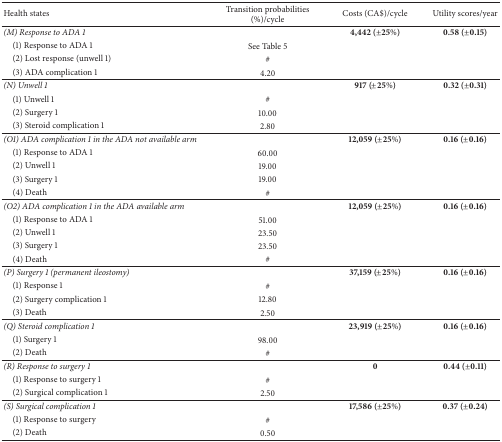
<table><thead><tr><td><b>Health states</b></td><td><b>Transition probabilities (%)/cycle</b></td><td><b>Costs (CA$)/cycle</b></td><td><b>Utility scores/year</b></td></tr></thead><tbody><tr><td><i>(M) Response to ADA 1</i></td><td> </td><td><b>4,442 (±25%)</b></td><td><b>0.58 (±0.15)</b></td></tr><tr><td> (1) Response to ADA 1</td><td>See Table 5</td><td> </td><td> </td></tr><tr><td> (2) Lost response (unwell 1)</td><td>#</td><td> </td><td> </td></tr><tr><td> (3) ADA complication 1</td><td>4.20</td><td> </td><td> </td></tr><tr><td><i>(N) Unwell 1</i></td><td> </td><td><b>917 (±25%)</b></td><td><b>0.32 (±0.31)</b></td></tr><tr><td> (1) Unwell 1</td><td>#</td><td> </td><td> </td></tr><tr><td> (2) Surgery 1</td><td>10.00</td><td> </td><td> </td></tr><tr><td> (3) Steroid complication 1</td><td>2.80</td><td> </td><td> </td></tr><tr><td><i>(O1) ADA complication 1 in the ADA not available arm</i></td><td> </td><td><b>12,059 (±25%)</b></td><td><b>0.16 (±0.16)</b></td></tr><tr><td> (1) Response to ADA 1</td><td>60.00</td><td> </td><td> </td></tr><tr><td> (2) Unwell 1</td><td>19.00</td><td> </td><td> </td></tr><tr><td> (3) Surgery 1</td><td>19.00</td><td> </td><td> </td></tr><tr><td> (4) Death</td><td>#</td><td> </td><td> </td></tr><tr><td><i>(O2) ADA complication 1 in the ADA available arm</i></td><td> </td><td><b>12,059 (±25%)</b></td><td><b>0.16 (±0.16)</b></td></tr><tr><td> (1) Response to ADA 1</td><td>51.00</td><td> </td><td> </td></tr><tr><td> (2) Unwell 1</td><td>23.50</td><td> </td><td> </td></tr><tr><td> (3) Surgery 1</td><td>23.50</td><td> </td><td> </td></tr><tr><td> (4) Death</td><td>#</td><td> </td><td> </td></tr><tr><td><i>(P) Surgery 1 (permanent ileostomy)</i></td><td> </td><td><b>37,159 (±25%)</b></td><td><b>0.16 (±0.16)</b></td></tr><tr><td> (1) Response 1 </td><td>#</td><td> </td><td> </td></tr><tr><td> (2) Surgery complication 1</td><td>12.80</td><td> </td><td> </td></tr><tr><td> (3) Death </td><td>2.50</td><td> </td><td> </td></tr><tr><td><i>(Q) Steroid complication 1</i></td><td> </td><td><b>23,919 (±25%)</b></td><td><b>0.16 (±0.16)</b></td></tr><tr><td> (1) Surgery 1</td><td>98.00</td><td> </td><td> </td></tr><tr><td> (2) Death</td><td>#</td><td> </td><td> </td></tr><tr><td><i>(R) Response to surgery 1</i></td><td> </td><td><b>0</b></td><td><b>0.44 (±0.11)</b></td></tr><tr><td> (1) Response to surgery 1</td><td>#</td><td> </td><td> </td></tr><tr><td> (2) Surgical complication 1</td><td>2.50</td><td> </td><td> </td></tr><tr><td><i>(S) Surgical complication 1</i></td><td> </td><td><b>17,586 (±25%)</b></td><td><b>0.37 (±0.24)</b></td></tr><tr><td> (1) Response to surgery</td><td>#</td><td> </td><td> </td></tr><tr><td> (2) Death</td><td>0.50</td><td> </td><td> </td></tr></tbody></table>